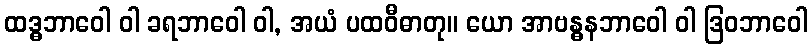
ထဒ္ဓဘာဝေါ ဝါ ခရဘာဝေါ ဝါ, အယံ ပထဝီဓာတု။ ယော အာဗန္ဓနဘာဝေါ ဝါ ဒြဝဘာဝေါ